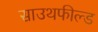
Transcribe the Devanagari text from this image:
साउथफील्ड